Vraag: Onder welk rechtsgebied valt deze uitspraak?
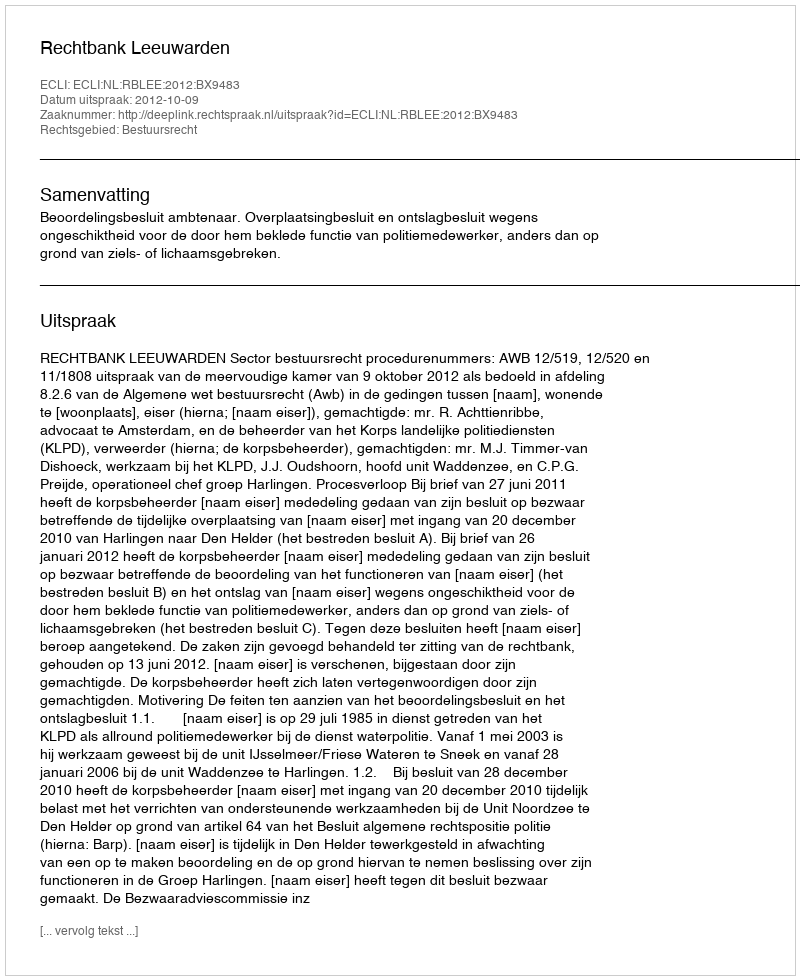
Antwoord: Bestuursrecht